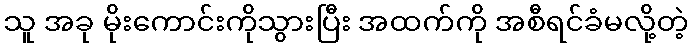
သူ အခု မိုးကောင်းကိုသွားပြီး အထက်ကို အစီရင်ခံမလို့တဲ့